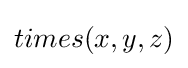
times(x,y,z)